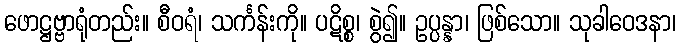
ဖောဋ္ဌဗ္ဗာရုံတည်း။ စီဝရံ၊ သင်္ကန်းကို။ ပဋိစ္စ၊ စွဲ၍။ ဥပ္ပန္နာ၊ ဖြစ်သော။ သုခါဝေဒနာ၊